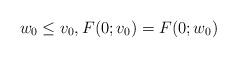
LaTeX: \begin{align*}w_0 \le v_0,F(0;v_0) = F(0;w_0)\end{align*}